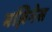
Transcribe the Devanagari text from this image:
बज़िनेस